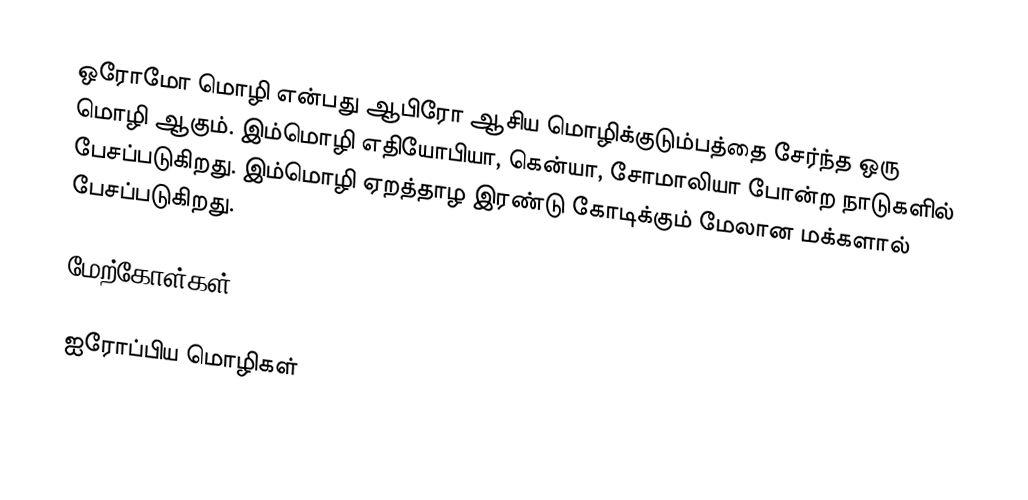
ஒரோமோ மொழி என்பது ஆபிரோ ஆசிய மொழிக்குடும்பத்தை சேர்ந்த ஒரு மொழி ஆகும். இம்மொழி எதியோபியா, கென்யா, சோமாலியா போன்ற நாடுகளில் பேசப்படுகிறது. இம்மொழி ஏறத்தாழ இரண்டு கோடிக்கும் மேலான மக்களால் பேசப்படுகிறது.

மேற்கோள்கள்

ஐரோப்பிய மொழிகள்